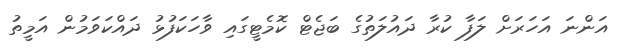
އަންނަ އަހަރަށް ލަފާ ކުރާ ދައުލަތުގެ ބަޖެޓް ކޮމެޓީގައި ވާހަކަފުޅު ދައްކަވަމުން އަމީތު